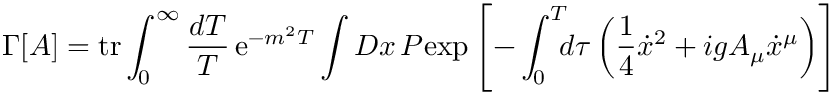
\Gamma \lbrack A \rbrack = \mathrm { t r } \int _ { 0 } ^ { \infty } { \frac { d T } { T } } \, \mathrm { e } ^ { - m ^ { 2 } T } \int { \cal D } x \, { \cal P } \mathrm { e x p } \left[ - \int _ { 0 } ^ { T } \! \! \! d \tau \left( { \frac { 1 } { 4 } } { \dot { x } } ^ { 2 } + i g A _ { \mu } \dot { x } ^ { \mu } \right) \right]